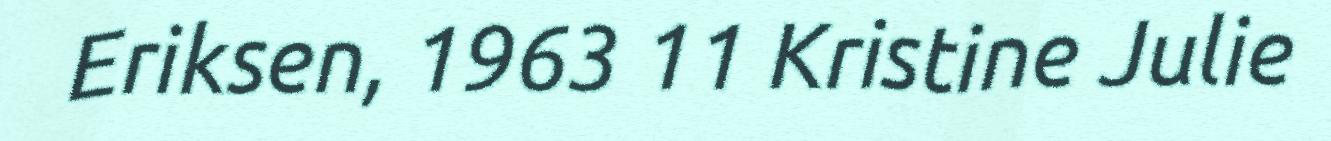
Eriksen, 1963 11 Kristine Julie